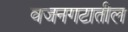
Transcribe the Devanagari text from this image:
वजनगटातील